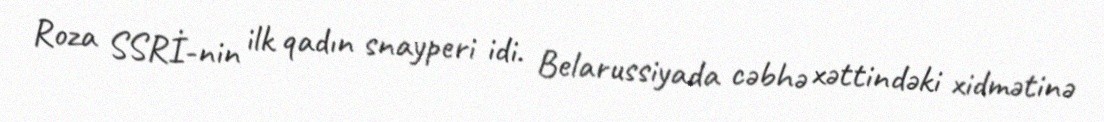
Roza SSRİ-nin ilk qadın snayperi idi. Belarussiyada cəbhə xəttindəki xidmətinə